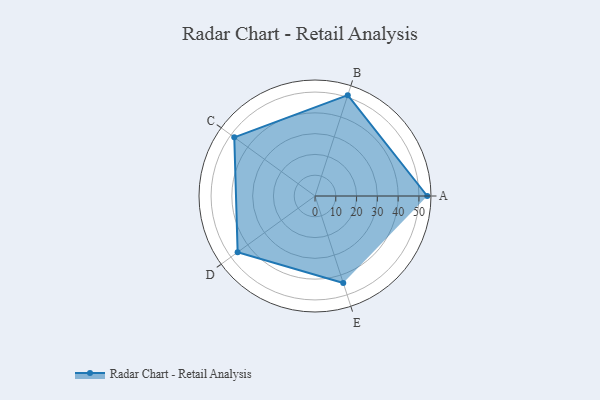
{"axis": {"x": "Skill", "y": "Score"}, "legend": ["Profile"], "data": [{"x": "A", "y": 54.0, "type": "Profile"}, {"x": "B", "y": 51.0, "type": "Profile"}, {"x": "C", "y": 48.0, "type": "Profile"}, {"x": "D", "y": 46.0, "type": "Profile"}, {"x": "E", "y": 44.0, "type": "Profile"}]}